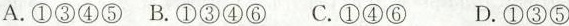
A.①③④⑤B.①③④⑥C.①④⑥ D.①③⑤